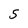
Character: 5